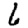
Digit: 6